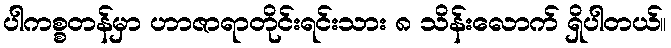
ပါကစ္စတန်မှာ ဟာဇာရာတိုင်းရင်းသား ၈ သိန်းလောက် ရှိပါတယ်။